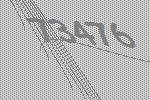
73476